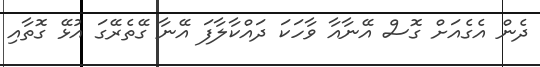
ދެން އެގެއަށް ގޮސް އޭނާއާ ވާހަކަ ދައްކާލާފަ އޭނާ ގޭތެރޭގަ އުޅޭ ގޮތާއި